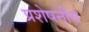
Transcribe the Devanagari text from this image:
प्रशेषनीय